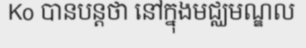
Ko បានបន្តថា នៅក្នុងមជ្ឈមណ្ឌល